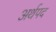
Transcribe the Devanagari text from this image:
अर्थपद